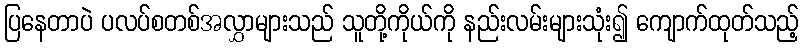
ပြနေတာပဲ ပလပ်စတစ်အလွှာများသည် သူတို့ကိုယ်ကို နည်းလမ်းများသုံး၍ ကျောက်ထုတ်သည့်